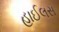
હાઈલસ